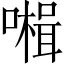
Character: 𡀞